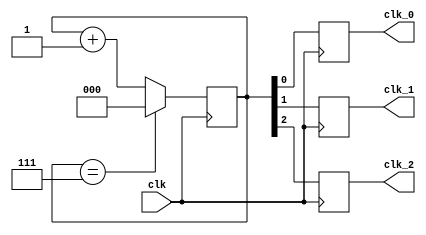
module multi_phase_clock_divider (
    input wire clk,
    output reg clk_0,
    output reg clk_1,
    output reg clk_2,
    // add more output clock signals as needed
);

reg [2:0] counter;

always @(posedge clk) begin
    if (counter == 3'b111) begin
        counter <= 3'b000;
    end else begin
        counter <= counter + 1;
    end
    
    clk_0 <= counter[0];
    clk_1 <= counter[1];
    clk_2 <= counter[2];
    // add more assignments for additional output clock signals with different phases
end

endmodule